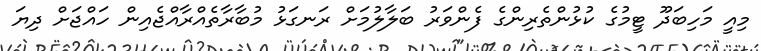
މިއީ މަހިބަދޫ ޓީމުގެ ކުޅުންތެރިންގެ ފެންވަރު ބަލާލުމަށް ރަނގަޅު މުބާރާތެއްރާއްޖެއިން ހައްޖަށް ދިޔަ